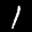
Label: 1